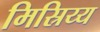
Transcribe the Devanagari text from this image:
मिस्रिय्य